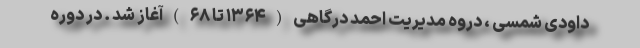
داودی شمسی ، دروه مدیریت احمد درگاهی ( ۱۳۶۴ تا ۶۸ ) آغاز شد . در دوره